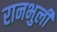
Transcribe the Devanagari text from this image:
रानभुली